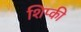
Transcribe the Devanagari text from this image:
शिप्की